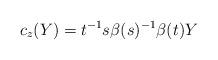
LaTeX: \begin{align*}c_z(Y) = t^{-1}s\beta(s)^{-1}\beta(t) Y\end{align*}